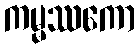
ကမ္မဿကော